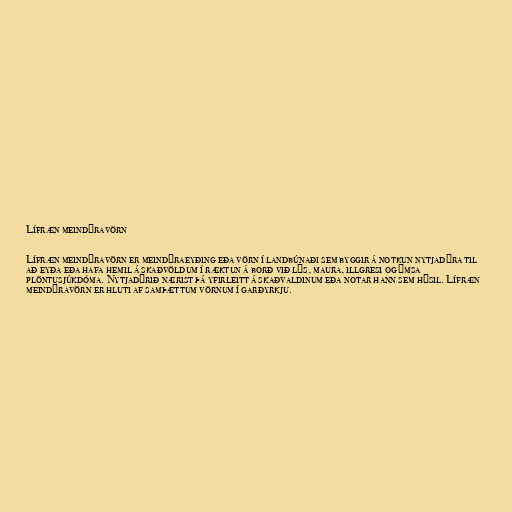
Lífræn meindýravörn

Lífræn meindýravörn er meindýraeyðing eða vörn í landbúnaði sem byggir á notkun nytjadýra til
að eyða eða hafa hemil á skaðvöldum í ræktun á borð við lýs, maura, illgresi og ýmsa
plöntusjúkdóma. Nytjadýrið nærist þá yfirleitt á skaðvaldinum eða notar hann sem hýsil. Lífræn
meindýravörn er hluti af samþættum vörnum í garðyrkju.